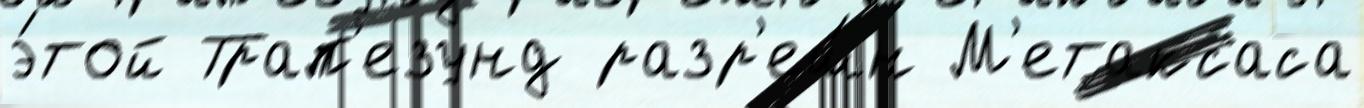
э́той Трап'езунд разр'еш́н М'етаксаса